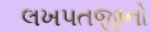
લખપતજીનો